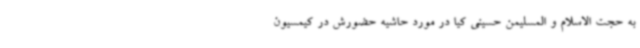
به حجت الاسلام و المسلیمن حسینی کیا در مورد حاشیه حضورش در کیمسیون